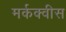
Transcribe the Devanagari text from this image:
मर्कक्वीस